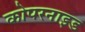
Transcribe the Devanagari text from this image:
कोपरनाइड